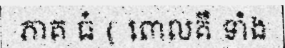
ភាគ ធំ ( ពោលគឺ ទាំង